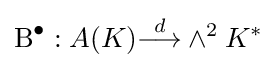
\operatorname {B} ^{\bullet }:A(K){\stackrel {d}{\longrightarrow }}\wedge ^{2}K^{*}